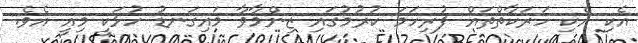
އެކި އެކި ހަރަކާތްތައް ފުރިހަމަ ކުރުމުގައި ޒިންމާވާ މައިގަނޑު ހުޅަކީ މިއީ އެވެ.